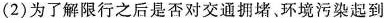
(2)为了解限行之后是否对交通拥堵。环境污染起到